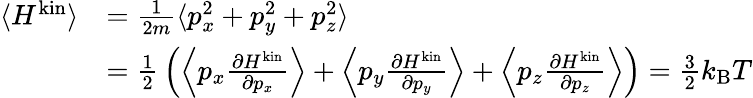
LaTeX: {\begin{array}{rl}{\langle H^{\mathrm{kin}}\rangle}&{={\frac{1}{2m}}\langle p_{x}^{2}+p_{y}^{2}+p_{z}^{2}\rangle}\\ &{={\frac{1}{2}}\left(\left\langle p_{x}{\frac{\partial H^{\mathrm{kin}}}{\partial p_{x}}}\right\rangle+\left\langle p_{y}{\frac{\partial H^{\mathrm{kin}}}{\partial p_{y}}}\right\rangle+\left\langle p_{z}{\frac{\partial H^{\mathrm{kin}}}{\partial p_{z}}}\right\rangle\right)={\frac{3}{2}}k_{\mathrm{B}}T}\end{array}}